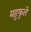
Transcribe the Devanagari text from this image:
महुफुले